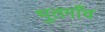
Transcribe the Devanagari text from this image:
भुतगाँव